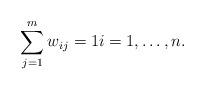
LaTeX: \begin{align*}\sum_{j=1}^m{w_{ij}}=1 i=1,\dots, n.\end{align*}